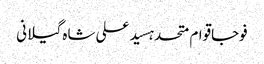
فوجاقوام متحدہسید علی شاہ گیلانی